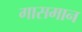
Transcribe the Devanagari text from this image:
गासमान